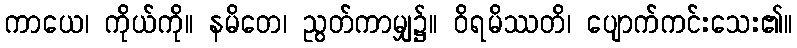
ကာယေ၊ ကိုယ်ကို။ နမိတေ၊ ညွတ်ကာမျှ၌။ ဝိရမိဿတိ၊ ပျောက်ကင်းသေး၏။